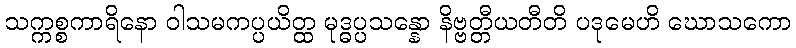
သက္ကစ္စကာရိနော ဝါသမကပ္ပယိတ္ထ မုဒ္ဓပ္ပသန္နော နိဗ္ဗတ္တီယတီတိ ပဒုမေဟိ ဃောသကော